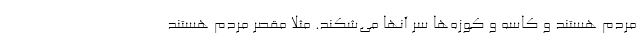
مردم هستند و کاسه و کوزه‌ها سر آنها می‌شکند. مثلا مقصر مردم هستند